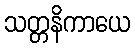
သတ္တနိကာယေ